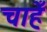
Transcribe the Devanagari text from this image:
चाहेँ